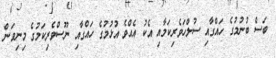
ބަސް ބުނުުމުގެ ހައްގާއި ސުލްހަވެރިކަމާއި އެކު އެއްވެ އުޅުމުގެ ހައްގާއި ނޫސްވެރިކަމުގެ މިނިވަން